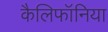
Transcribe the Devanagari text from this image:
कैलिफॉनिया